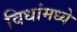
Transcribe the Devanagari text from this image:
विधांमध्ये